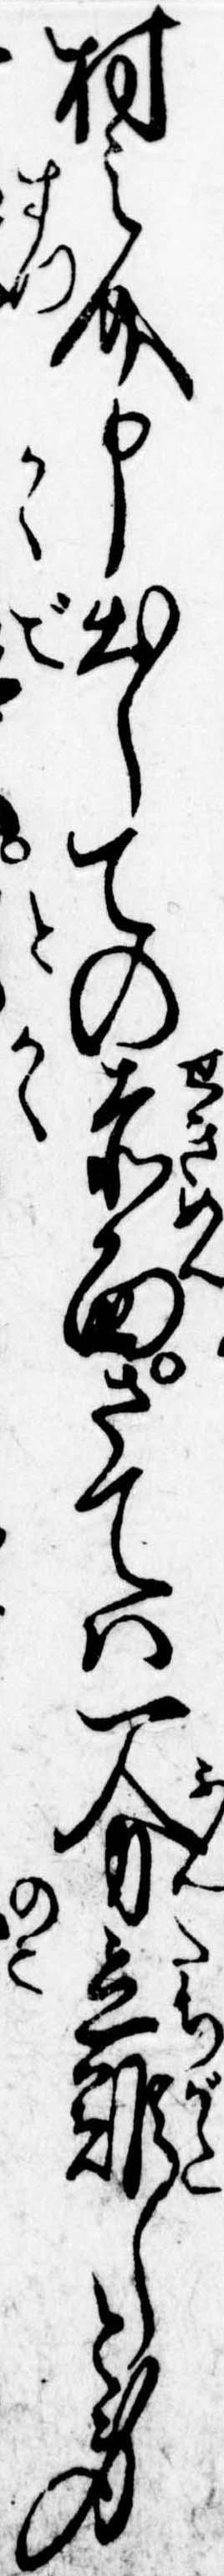
村之介申出しての赤面さては一分立難しと身